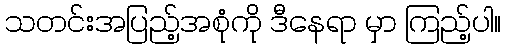
သတင်းအပြည့်အစုံကို ဒီနေရာ မှာ ကြည့်ပါ။